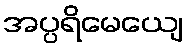
အပ္ပရိမေယျေ